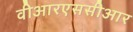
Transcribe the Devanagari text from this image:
वीआरएससीआर